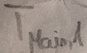
Text: TMAIN,1